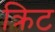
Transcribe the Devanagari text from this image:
क्रिट